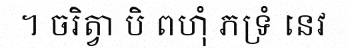
។ ចរិត្វា បិ ពហុំ ភទ្រំ នេវ